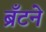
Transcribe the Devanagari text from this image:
ब्रँटने